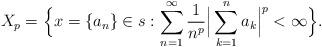
LaTeX: \begin{align*}{}X_p&= \Big\{x=\{a_n\}\in s: \displaystyle\sum_{n=1}^{\infty} \frac{1}{n^p}\Big|\sum_{k=1}^{n}a_k\Big|^p < \infty\Big\}.\end{align*}